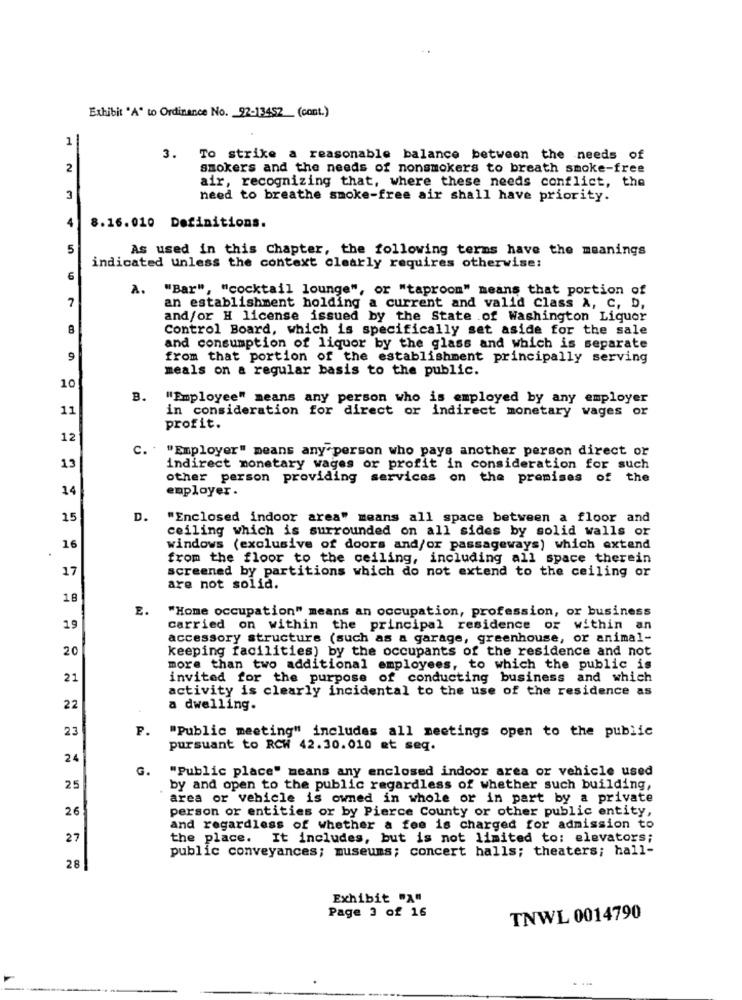
Exhibit "A" to Ordinance No. 92-13452 (cont.)
1
3. To strike a reasonable balance between the needs of
2
smokers and the needs of nonsmokers to breath smoke-free
air, recognizing that, where these needs conflict, the
3
need to breathe smoke-free air shall have priority.
4
8.16.010 Definitions.
5
As used in this Chapter, the following terms have the meanings
indicated unless the context clearly requires otherwise:
6
A.
"Bar", "cocktail lounge", or "taproom" means that portion of
7
an establishment holding a current and valid Class A, C, D,
and/or H license issued by the State of Washington Liquor
8
Control Board, which is specifically set aside for the sale
and consumption of liquor by the glass and which is separate
9
from that portion of the establishment principally serving
meals on a regular basis to the public.
10
B.
"Employee" means any person who is employed by any employer
11
in consideration for direct or indirect monetary vages or
profit.
12
C.
"Employer" means any person who pays another person direct or
13
indirect monetary wages or profit in consideration for such
other person providing services on the premises of the
14
employer.
15
D.
"Enclosed indoor area" means all space between a floor and
ceiling which is surrounded on all sides by solid walls or
16
windows (exclusive of doors and/or passageways) which extend
from the floor to the ceiling, including all space therein
17
screened by partitions which do not extend to the ceiling or
are not solid.
18
E.
"Home occupation" means an occupation, profession, or business
19
carried on within the principal residence or within an
accessory structure (such as a garage, greenhouse, or animal-
20
keeping facilities) by the occupants of the residence and not
more than two additional employees, to which the public is
21
invited for the purpose of conducting business and which
activity is clearly incidental to the use of the residence as
22
a dwelling.
23
P.
"Public meeting" includes all meetings open to the public
pursuant to RCW 42.30.010 et seq.
24
G.
"Public place" means any enclosed indoor area or vehicle used
25
by and open to the public regardless of whether such building,
area or vehicle is owned in whole or in part by a private
26
person or entities or by Pierce County or other public entity,
and regardless of whether a fee is charged for admission to
27
the place. It includes, but is not limited to: elevators;
public conveyances; museums; concert halls; theaters; hall-
28
Exhibit "A"
Page 3 of 16
TNWL 0014790